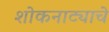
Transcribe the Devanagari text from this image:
शोकनाट्याचे